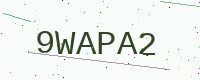
Text: 9WAPA2